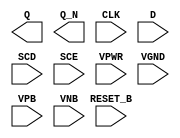
module sky130_fd_sc_hvl__sdfrbp (
    Q      ,
    Q_N    ,
    CLK    ,
    D      ,
    SCD    ,
    SCE    ,
    RESET_B,
    VPWR   ,
    VGND   ,
    VPB    ,
    VNB
);

    output Q      ;
    output Q_N    ;
    input  CLK    ;
    input  D      ;
    input  SCD    ;
    input  SCE    ;
    input  RESET_B;
    input  VPWR   ;
    input  VGND   ;
    input  VPB    ;
    input  VNB    ;
endmodule